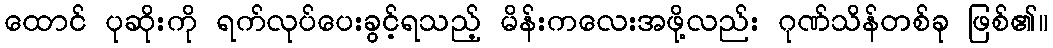
ထောင် ပုဆိုးကို ရက်လုပ်ပေးခွင့်ရသည့် မိန်းကလေးအဖို့လည်း ဂုဏ်သိန်တစ်ခု ဖြစ်၏။